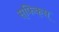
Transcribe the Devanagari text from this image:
स्फिक्स्